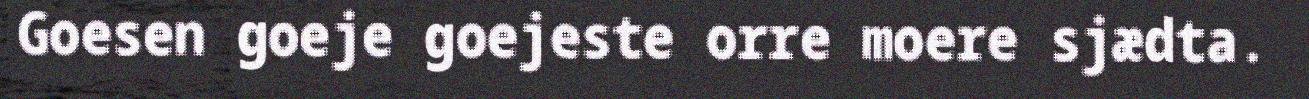
Goesen goeje goejeste orre moere sjædta.